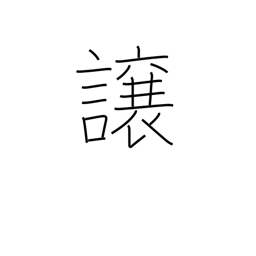
Meaning: convey